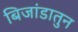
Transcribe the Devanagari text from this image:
बिजांडातुन